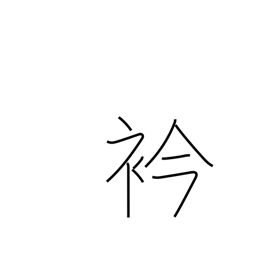
Meaning: neck